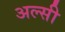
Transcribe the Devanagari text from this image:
अल्‍सी